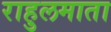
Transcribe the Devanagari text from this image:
राहुलमाता